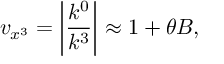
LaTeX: v _ { x ^ { 3 } } = \left| \frac { k ^ { 0 } } { k ^ { 3 } } \right| \approx 1 + \theta B ,